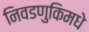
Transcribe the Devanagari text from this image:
निवडणुकिमधे